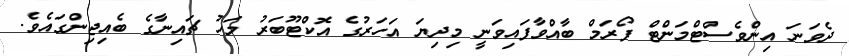
ދެވަނަ އިންވެސްޓްމަންޓް ފޯރަމް ބާއްވާފައިވަނީ މިދިޔަ އަހަރުގެ އޮކްޓޫބަރު މަހު ޗައިނާގެ ބެއިޖިންގައެވެ.